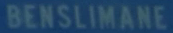
BENSILIMANE